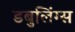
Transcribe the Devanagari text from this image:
डबुलिंग्स